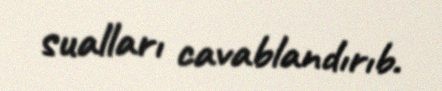
sualları cavablandırıb.